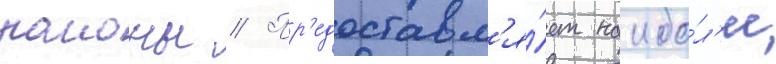
раионы // Пр'едоставл'я́ет наибо́л'ее